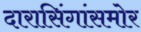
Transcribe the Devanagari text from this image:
दारासिंगांसमोर